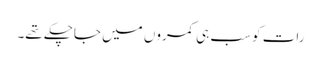
رات کو سب ہی کمروں میں جاچکے تھے۔